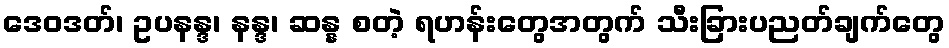
ဒေဝဒတ်၊ ဥပနန္ဒ၊ နန္ဒ၊ ဆန္န စတဲ့ ရဟန်းတွေအတွက် သီးခြားပညတ်ချက်တွေ